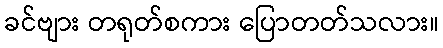
ခင်ဗျား တရုတ်စကား ပြောတတ်သလား။